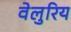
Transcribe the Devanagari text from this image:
वेलुरिय